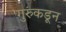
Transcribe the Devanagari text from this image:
गुरुंकडून